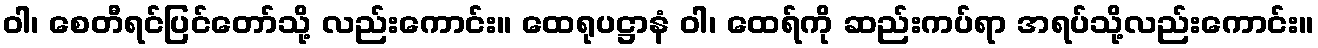
ဝါ၊ စေတီရင်ပြင်တော်သို့ လည်းကောင်း။ ထေရုပဋ္ဌာနံ ဝါ၊ ထေရ်ကို ဆည်းကပ်ရာ အရပ်သို့လည်းကောင်း။